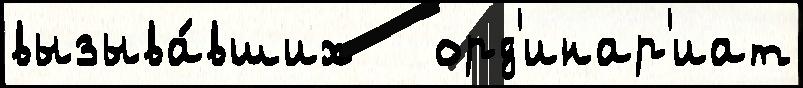
вызыва́вших   орд'инар'иат